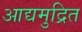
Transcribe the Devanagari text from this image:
आद्यमुद्रित